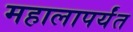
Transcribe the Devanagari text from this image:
महालापर्यंत